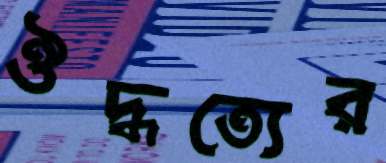
ঔদ্ধত্যের